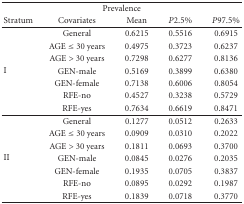
| <COLSPAN=5> Prevalence |
 | Stratum | Covariates | Mean | P2.5% | P97.5% |
 | --- | --- | --- | --- | --- |
 | <ROWSPAN=7> I | General | 0.6215 | 0.5516 | 0.6915 |
 | AGE ≤ 30 years | 0.4975 | 0.3723 | 0.6237 |
 | AGE > 30 years | 0.7298 | 0.6277 | 0.8136 |
 | GEN-male | 0.5169 | 0.3899 | 0.6380 |
 | GEN-female | 0.7138 | 0.6006 | 0.8054 |
 | RFE-no | 0.4527 | 0.3238 | 0.5729 |
 | RFE-yes | 0.7634 | 0.6619 | 0.8471 |
 | <ROWSPAN=7> II | General | 0.1277 | 0.0512 | 0.2633 |
 | AGE ≤ 30 years | 0.0909 | 0.0310 | 0.2022 |
 | AGE > 30 years | 0.1811 | 0.0693 | 0.3700 |
 | GEN-male | 0.0845 | 0.0276 | 0.2035 |
 | GEN-female | 0.1935 | 0.0705 | 0.3837 |
 | RFE-no | 0.0895 | 0.0292 | 0.1987 |
 | RFE-yes | 0.1839 | 0.0718 | 0.3770 |